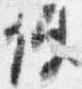
使